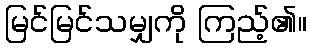
မြင်မြင်သမျှကို ကြည့်၏။